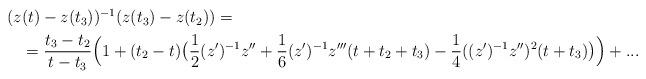
LaTeX: \begin{align*}\begin{aligned}(z&(t)-z(t_3))^{-1}(z(t_3)-z(t_2))=\\ &=\frac{t_3-t_2}{t-t_3}\Bigl(1+(t_2-t)\bigl(\frac12(z')^{-1}z''+\frac16(z')^{-1}z'''(t+t_2+t_3)-\frac14((z')^{-1}z'')^2(t+t_3)\bigr)\Bigr)+...\end{aligned}\end{align*}